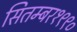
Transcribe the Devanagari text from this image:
सितम्बर१९९०